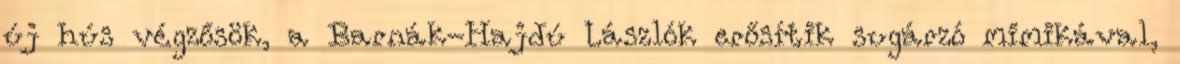
új hús végzősök, a Barnák-Hajdú Lászlók erősítik sugárzó mimikával,